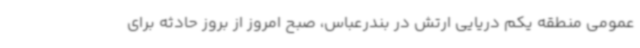
عمومی منطقه یکم دریایی ارتش در بندرعباس، صبح امروز از بروز حادثه برای